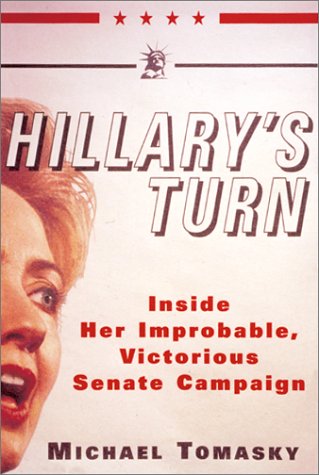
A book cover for Hillary's Turn: Inside Her Improbable, Victorious Senate Campaign; Michael Tomasky; Gay & Lesbian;